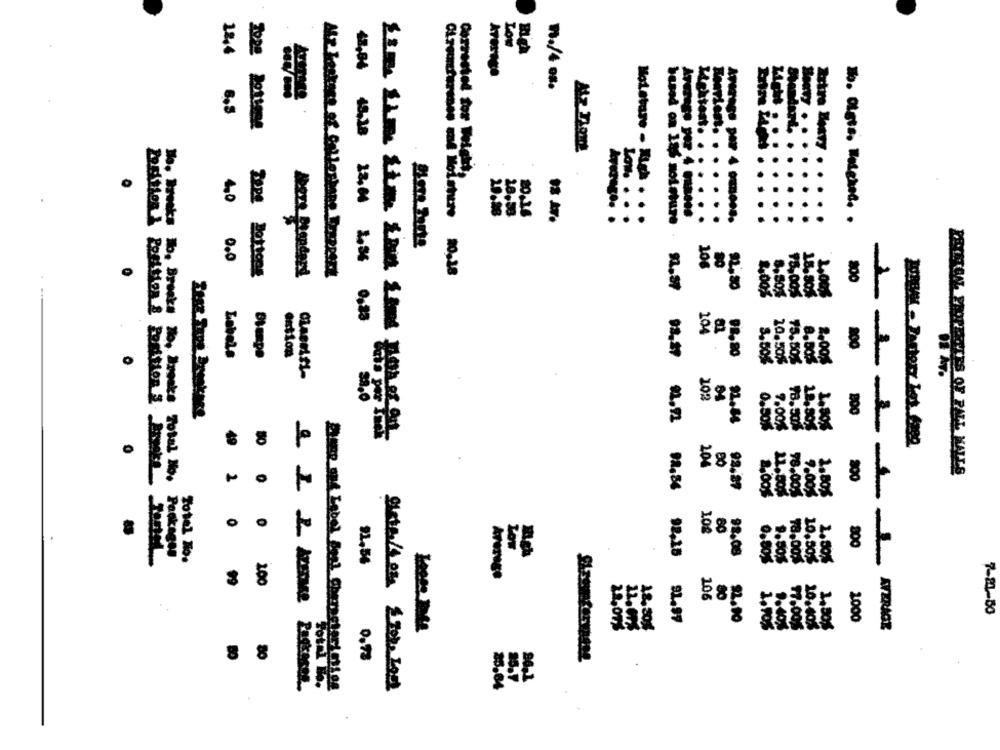
Low
12,6
AT
1./4 os.
Atz Tions
Holature - High .
20.36
IS moisture
4,0 0.0
106
92,50
200
$8,005
18.80%
2.00%
43,86 43,38 23,00 1,36 0,35
104
200
Labels
92.99
98,80
3.50%
2.00%
20.50%
75.50%
8.005
102
0.50%
7.00%
49
204
ZEITEN SHORTESTLES OF PALL MALLS
0
200
92.97
2,00$
9.00%
1.80%
98.00%
108
80
800
98.86 92,15
98.08
No. Ireeks %, Breaks No, rocks Total No. Packages
22,56
9.50%
18.005
10.50%
2.50%
99
200
106
7-81-50
31.97
9.40
2000
20,00
1.90%
97.005
10.40%
1.90%
80
0.73